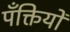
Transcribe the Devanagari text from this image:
पँक्तियों